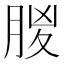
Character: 𣍶